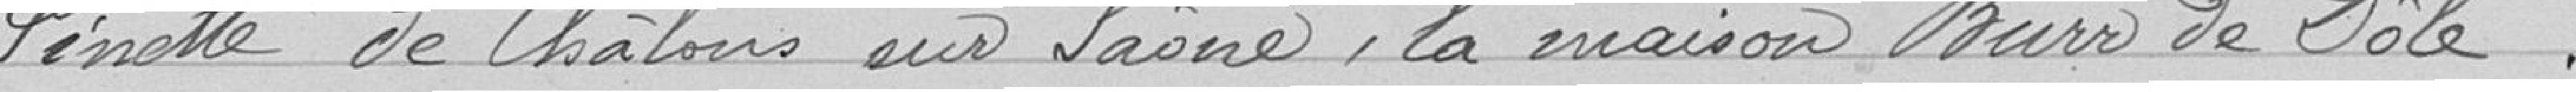
Pinotte de Chalons sur Saone, la maison Burr de Dole.